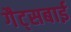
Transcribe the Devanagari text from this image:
गैट्सबाई